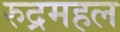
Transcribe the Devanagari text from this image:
रुद्रमहल